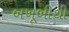
બખૂબીથી